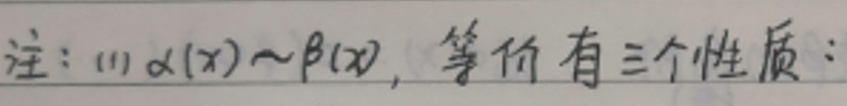
注：(1) $\alpha(x)\sim\beta(x)$，等价有三个性质：